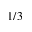
1 / 3